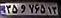
۳۵و۷۶۵۱۳